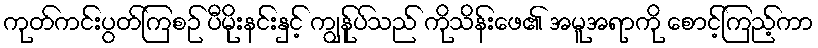
ကုတ်ကင်းပွတ်ကြစဉ် ပီမိုးနင်းနှင့် ကျွန်ုပ်သည် ကိုသိန်းဖေ၏ အမူအရာကို စောင့်ကြည့်ကာ